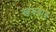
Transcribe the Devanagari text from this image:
खमबाब